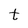
Character: t